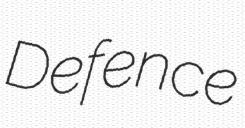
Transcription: Defence